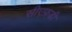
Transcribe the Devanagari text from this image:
सीएफ़डी